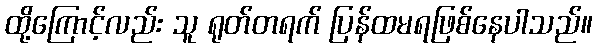
ထို့ကြောင့်လည်း သူ ရုတ်တရက် ပြန်ထမရဖြစ်နေပါသည်။